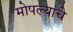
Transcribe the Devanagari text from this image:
मोपल्यांचे